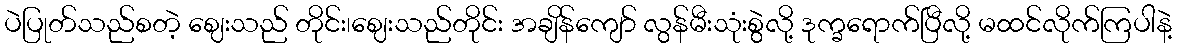
ပဲပြုတ်သည်စတဲ့ ဈေးသည် တိုင်း၊ဈေးသည်တိုင်း အချိန်ကျော် လွန်မီးသုံးစွဲလို့ ဒုက္ခရောက်ပြီလို့ မထင်လိုက်ကြပါနဲ့